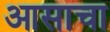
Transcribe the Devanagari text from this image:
आसाचा